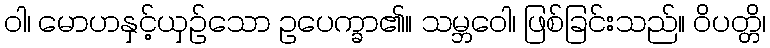
ဝါ၊ မောဟနှင့်ယှဉ်သော ဥပေက္ခာ၏။ သမ္ဘဝေါ၊ ဖြစ်ခြင်းသည်။ ဝိပတ္တိ၊